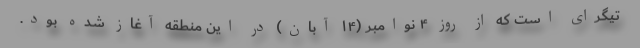
تیگرای است که از روز ۴ نوامبر (۱۴ آبان) در این منطقه آغاز شده بود.